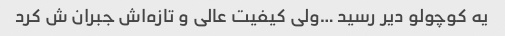
یه کوچولو دیر رسید …ولی کیفیت عالی و تازه‌اش جبران ش کرد